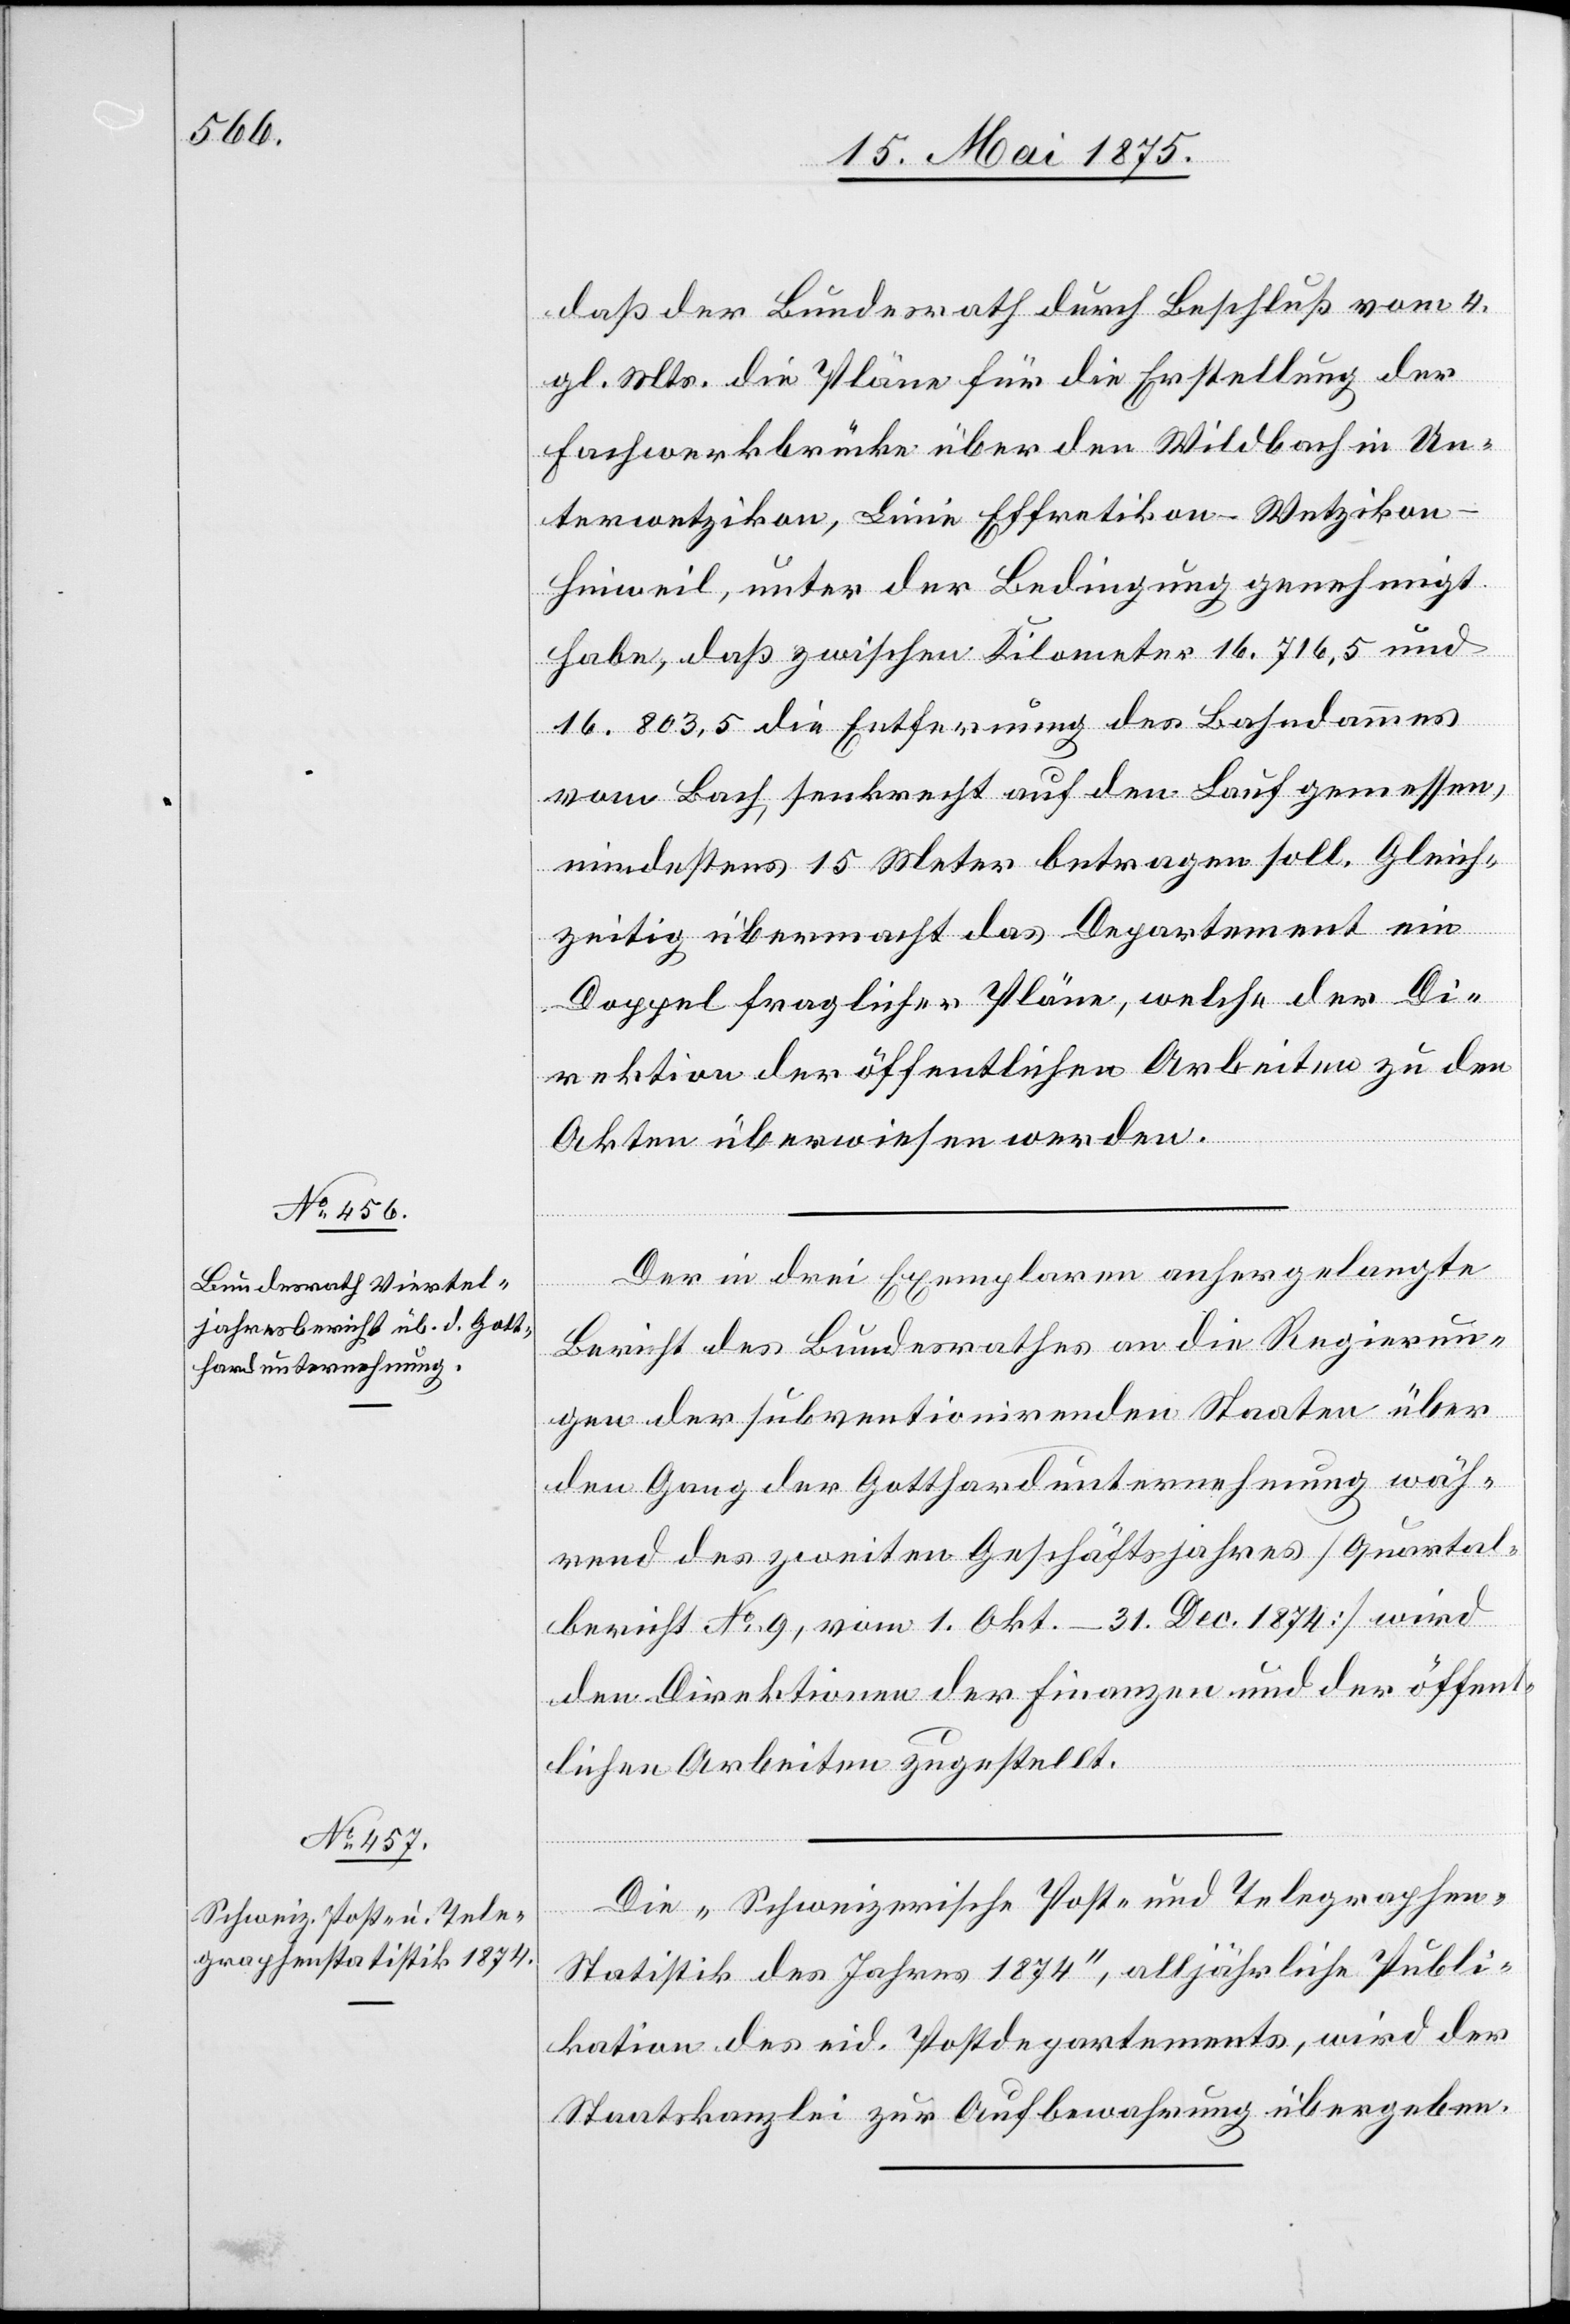
daß der Bundesrath durch Beschluß vom 4.
gl. Mts die Pläne für die Erstellung der
Forstwerkbrücke über den Wildbach in Un¬
terwetzikon, Linie Effretikon–Wetziko¬
n–Hinweil, unter der Bedingung genehmigt
habe, daß zwischen Kilometer 16.716,5 und
16.803,5 die Entfernung des Bahndammes
vom Bach, senkrecht auf den Lauf gemessen,
mindestens 15 Meter betragen soll. Gleich¬
zeitig übermacht das Departement ein
Doppel fraglicher Pläne, welche der Di¬
rektion der öffentlichen Arbeiten zu den
Akten überwiesen werden.
Der in drei Exemplaren anhergelangte
Bericht des Bundesrathes an die Regierun¬
gen der subventionirenden Staaten über
den Gang der Gotthardunternehmung wäh¬
rend des zweiten Geschäftsjahres [Quartals¬
bericht No 9, vom 1. Okt–31. Dec. 1874] wird
den Direktionen der Finanzen und der öffent¬
lichen Arbeiten zugestellt.
Die „Schweizerische Post- und Telegraphen¬
statistik des Jahres 1874“, alljährliche Publi¬
kation des eid. Postdepartementes, wird der
Staatskanzlei zur Aufbewahrung übergeben.